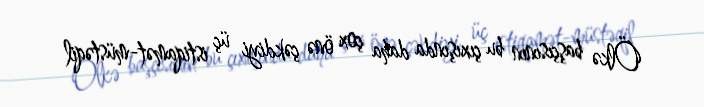
Ölkə başçısının bu çıxışında daha çox önə çəkdiyi üç istiqamət-müstəqil